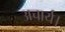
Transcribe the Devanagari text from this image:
अचार्य।